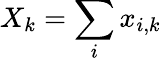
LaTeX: X_{k}=\sum_{i}x_{i,k}